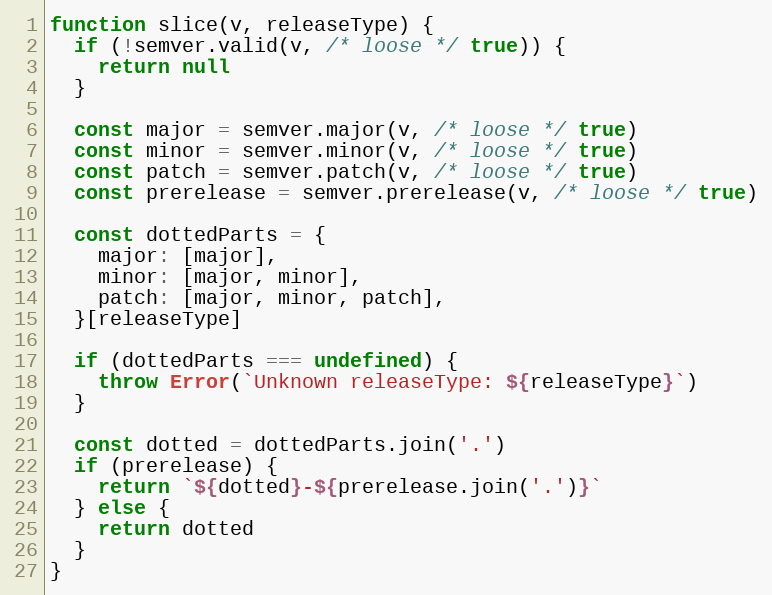
Language: JavaScript
function slice(v, releaseType) {
  if (!semver.valid(v, /* loose */ true)) {
    return null
  }

  const major = semver.major(v, /* loose */ true)
  const minor = semver.minor(v, /* loose */ true)
  const patch = semver.patch(v, /* loose */ true)
  const prerelease = semver.prerelease(v, /* loose */ true)

  const dottedParts = {
    major: [major],
    minor: [major, minor],
    patch: [major, minor, patch],
  }[releaseType]

  if (dottedParts === undefined) {
    throw Error(`Unknown releaseType: ${releaseType}`)
  }

  const dotted = dottedParts.join('.')
  if (prerelease) {
    return `${dotted}-${prerelease.join('.')}`
  } else {
    return dotted
  }
}